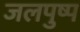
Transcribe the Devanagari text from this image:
जलपुष्प